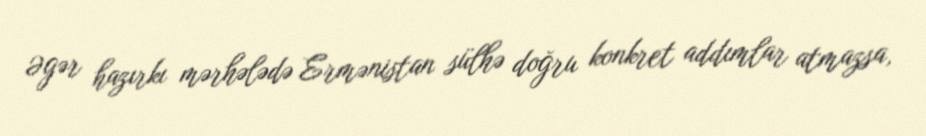
Əgər hazırkı mərhələdə Ermənistan sülhə doğru konkret addımlar atmazsa,